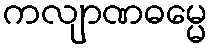
ကလျာဏဓမ္မေ